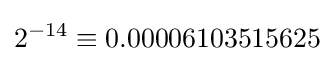
2^{-14}\equiv 0.00006103515625